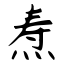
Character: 焘